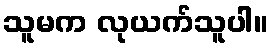
သူမက လုယက်သူပါ။